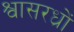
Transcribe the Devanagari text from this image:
श्वासरध्राें